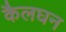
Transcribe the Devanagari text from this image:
कैलघन